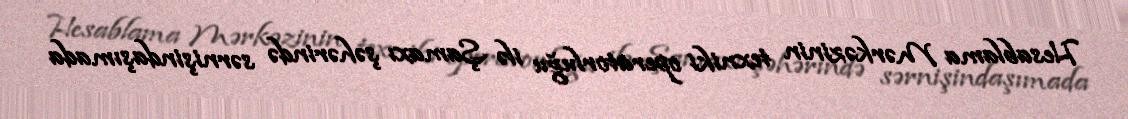
Hesablama Mərkəzinin texniki operatorluğu ilə Şamaxı şəhərində sərnişindaşımada